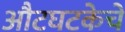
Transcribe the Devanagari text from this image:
औटघटकेचे